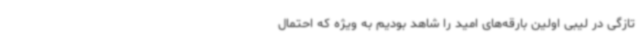
تازگی در لیبی اولین بارقه‌های امید را شاهد بودیم به ویژه که احتمال